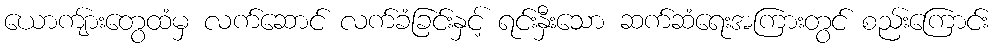
ယောကျ်ားတွေထံမှ လက်ဆောင် လက်ခံခြင်းနှင့် ရင်းနှီးသော ဆက်ဆံရေးအကြားတွင် စည်းကြောင်း